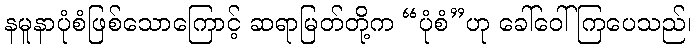
နမူနာပုံစံဖြစ်သောကြောင့် ဆရာမြတ်တို့က “ပုံစံ”ဟု ခေါ်ဝေါ်ကြပေသည်၊